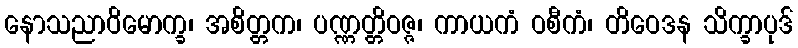
နောသညာဝိမောက္ခ၊ အစိတ္တက၊ ပဏ္ဏတ္တိဝဇ္ဇ၊ ကာယကံ ဝစီကံ၊ တိဝေဒန သိက္ခာပုဒ်